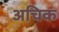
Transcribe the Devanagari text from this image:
अचिक